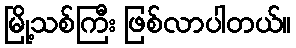
မြို့သစ်ကြီး ဖြစ်လာပါတယ်။